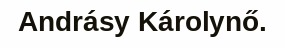
Andrásy Károlynő.